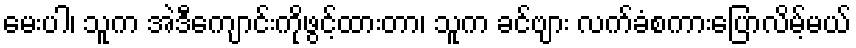
မေးပါ၊ သူက အဲဒီကျောင်းကိုဖွင့်ထားတာ၊ သူက ခင်ဗျား လက်ခံစကားပြောလိမ့်မယ်